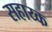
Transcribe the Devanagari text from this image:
सहाय्क